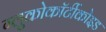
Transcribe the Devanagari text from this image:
ग्लुकोकॉर्टीकोइड